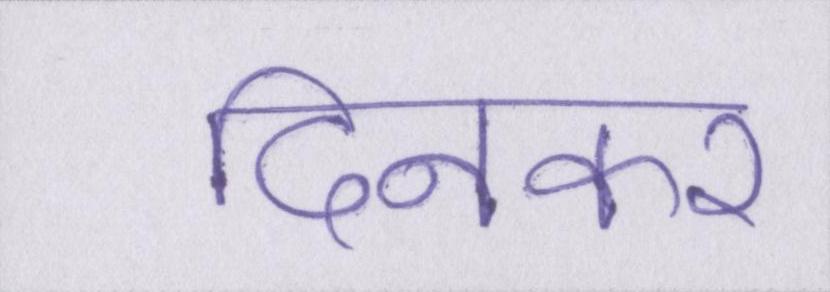
दिनकर